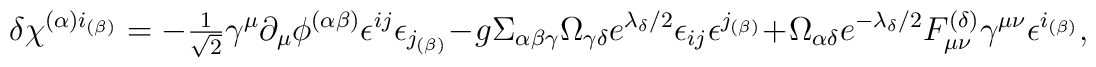
\delta\chi^{(\alpha)i_{(\beta)}}=-{\textstyle{1\over\sqrt{2}}} \gamma^\mu\partial_\mu\phi^{(\alpha\beta)}\epsilon^{ij}\epsilon_{j_{(\beta)}}-g\Sigma_{\alpha\beta\gamma}\Omega_{\gamma\delta}e^{\lambda_\delta/2}\epsilon_{ij}\epsilon^{j_{(\beta)}}+ \Omega_{\alpha\delta}e^{-\lambda_\delta/2}F_{\mu\nu}^{(\delta)}\gamma^{\mu\nu}\epsilon^{i_{(\beta)}},